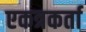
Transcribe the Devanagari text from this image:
एकत्रकर्ता